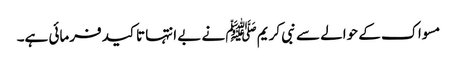
مسواک کے حوالے سے نبی کریم ﷺ نے بے انتہا تاکید فرمائی ہے۔